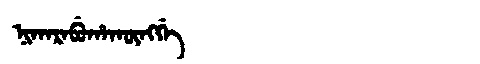
Manchu: ᠨᡳᡴᠠᡵᠠᠪᡠᡥᠠᡴᡡᠩᡤᡝ
Romanization: NIKARABUHAKŪNGGE